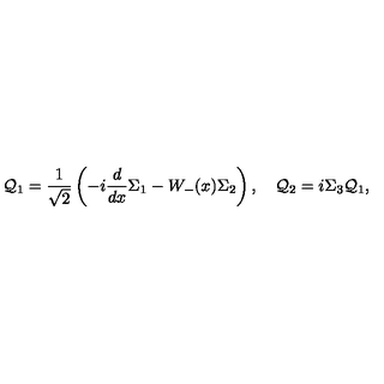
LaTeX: { \cal Q } _ { 1 } = \frac { 1 } { \sqrt { 2 } } \left( - i \frac { d } { d x } { \Sigma _ { 1 } } - W _ { - } ( x ) \Sigma _ { 2 } \right) , \quad { \cal Q } _ { 2 } = i \Sigma _ { 3 } { \cal Q } _ { 1 } ,